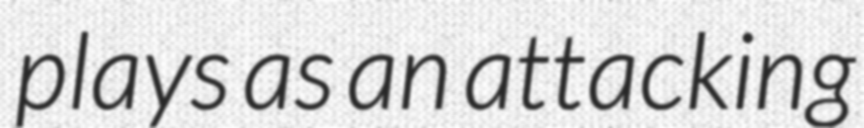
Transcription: plays as an attacking